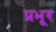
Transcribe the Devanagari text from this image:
प्रभूर